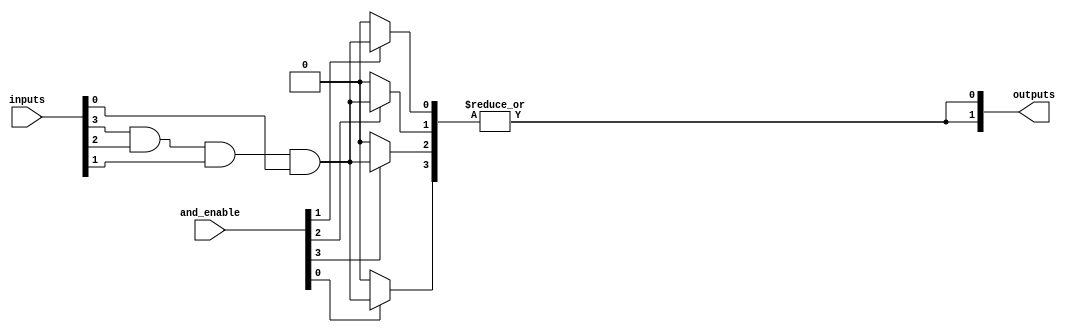
module PAL #(
    parameter n = 4, // Number of inputs
    parameter m = 2, // Number of outputs
    parameter p = 4  // Number of product terms in AND array
)(
    input wire [n-1:0] inputs,       // Input lines
    input wire [p-1:0] and_enable,    // Control signals for programmable AND gates
    output wire [m-1:0] outputs       // Output lines
);

// Internal signals for product terms
wire [p-1:0] product_terms [0:m-1]; // Array of product terms for each output

// Programmable AND array
genvar i, j;
generate
    for (j = 0; j < m; j = j + 1) begin : output_logic
        for (i = 0; i < p; i = i + 1) begin : and_terms
            // Each AND gate can be programmed to use direct or inverted inputs
            assign product_terms[j][i] = (and_enable[i]) ? 
                (inputs[n-1] & inputs[n-2] & inputs[n-3] & inputs[n-4]) : 1'b0; // Example logic
        end
    end
endgenerate

// Fixed OR array
generate
    for (j = 0; j < m; j = j + 1) begin : or_terms
        assign outputs[j] = |product_terms[j]; // ORing all product terms for output j
    end
endgenerate

endmodule